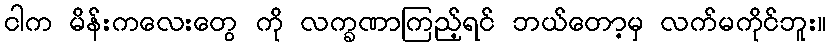
ငါက မိန်းကလေးတွေ ကို လက္ခဏာကြည့်ရင် ဘယ်တော့မှ လက်မကိုင်ဘူး။